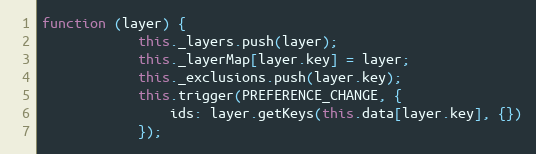
Language: JavaScript
function (layer) {
            this._layers.push(layer);
            this._layerMap[layer.key] = layer;
            this._exclusions.push(layer.key);
            this.trigger(PREFERENCE_CHANGE, {
                ids: layer.getKeys(this.data[layer.key], {})
            });